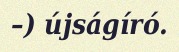
–) újságíró.